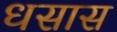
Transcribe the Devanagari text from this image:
धसास